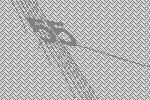
55